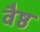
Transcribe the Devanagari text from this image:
वैष्ठ